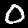
Label: 0